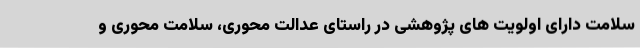
سلامت دارای اولویت های پژوهشی در راستای عدالت محوری، سلامت محوری و